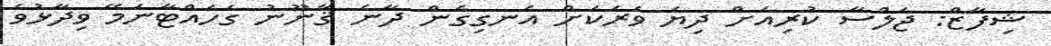
ޝިފާޒް: ޖަލްސާ ކުރިއަށް ދިޔަ ވަރަކަށް އެނގިގެން ދާނެ ޤާނޫނު ގަހައްޓާނަމޭ ވިދާޅުވެ